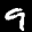
Label: 9